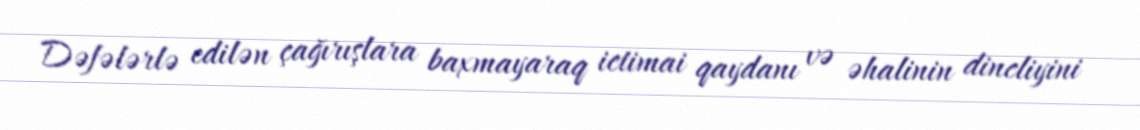
Dəfələrlə edilən çağırışlara baxmayaraq ictimai qaydanı və əhalinin dincliyini